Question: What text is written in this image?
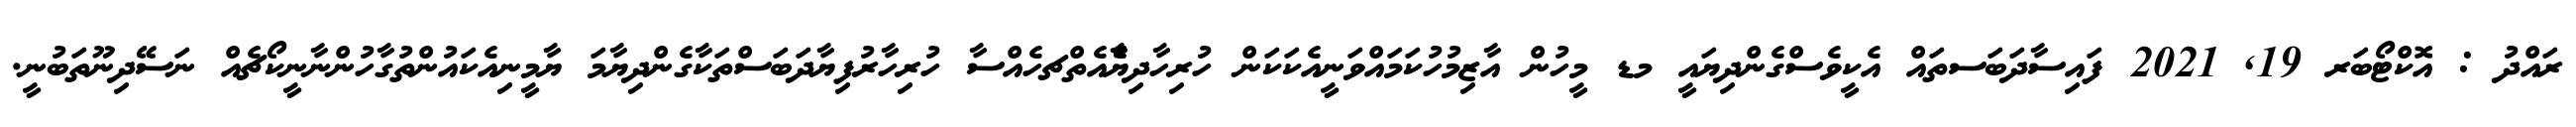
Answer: ރައްދު : އޮކްޓޯބަރ 19, 2021 ފައިސާދަބަސތައް އެކީވެސްގެންދިޔައީ މޑ މީހުން އާޒިމުހުކަމައްވަނީއެކަކަން ހުރިހާދިޔާެެއެތްޗހެއްސާ ހުރިހާރުފިޔާދަބަސްތަކާގެންދިޔާމަ ޔާމީނިއެކައުންތުގާހުންނާނީކޯޗެއް ނަސޭދިނޫތަބުނީ.